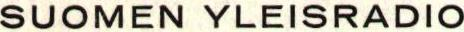
SUOMEN YLEISRADIO